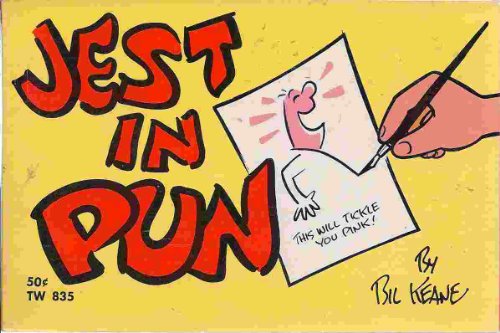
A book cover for Jest in Pun : Sidesplitters from Bil Keane's Sideshow; Bil Keane; Humor & Entertainment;